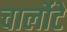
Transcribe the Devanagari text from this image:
चार्लोटे